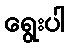
ရွေးပါ